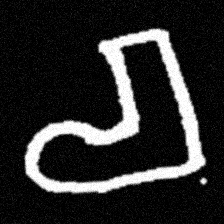
Pyu character \u2014 Myanmar letter: စ (romanized: ca)